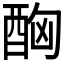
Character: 𨠮